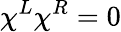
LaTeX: \chi^{L}\chi^{R}=0